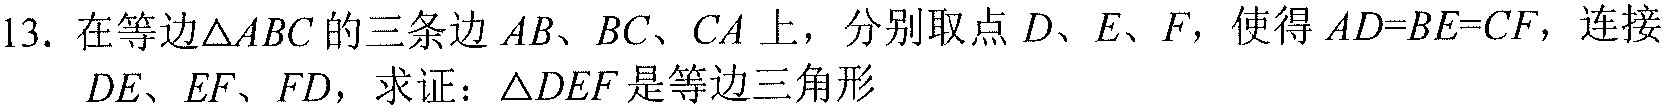
13. 在等边\(\triangle ABC\)的三条边\(AB、BC、CA\)上，分别取点\(D、E、F\)，使得\(AD = BE = CF\)，连接\(DE、EF、FD\)，求证：\(\triangle DEF\)是等边三角形